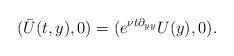
LaTeX: \begin{align*}(\bar{U}(t,y),0) = (e^{\nu t \partial_{yy}} U(y), 0). \end{align*}